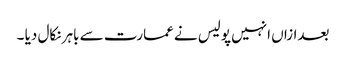
بعدازاں انہیں پولیس نے عمارت سے باہر نکال دیا ۔